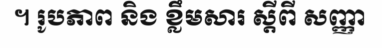
។ រូបភាព និង ខ្លឹមសារ ស្តីពី សញ្ញា